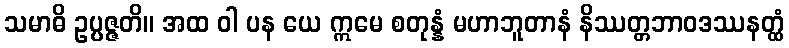
သမာဓိ ဥပ္ပဇ္ဇတိ။ အထ ဝါ ပန ယေ ဣမေ စတုန္နံ မဟာဘူတာနံ နိဿတ္တဘာဝဒဿနတ္ထံ